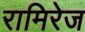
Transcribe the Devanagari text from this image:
रामिरेज